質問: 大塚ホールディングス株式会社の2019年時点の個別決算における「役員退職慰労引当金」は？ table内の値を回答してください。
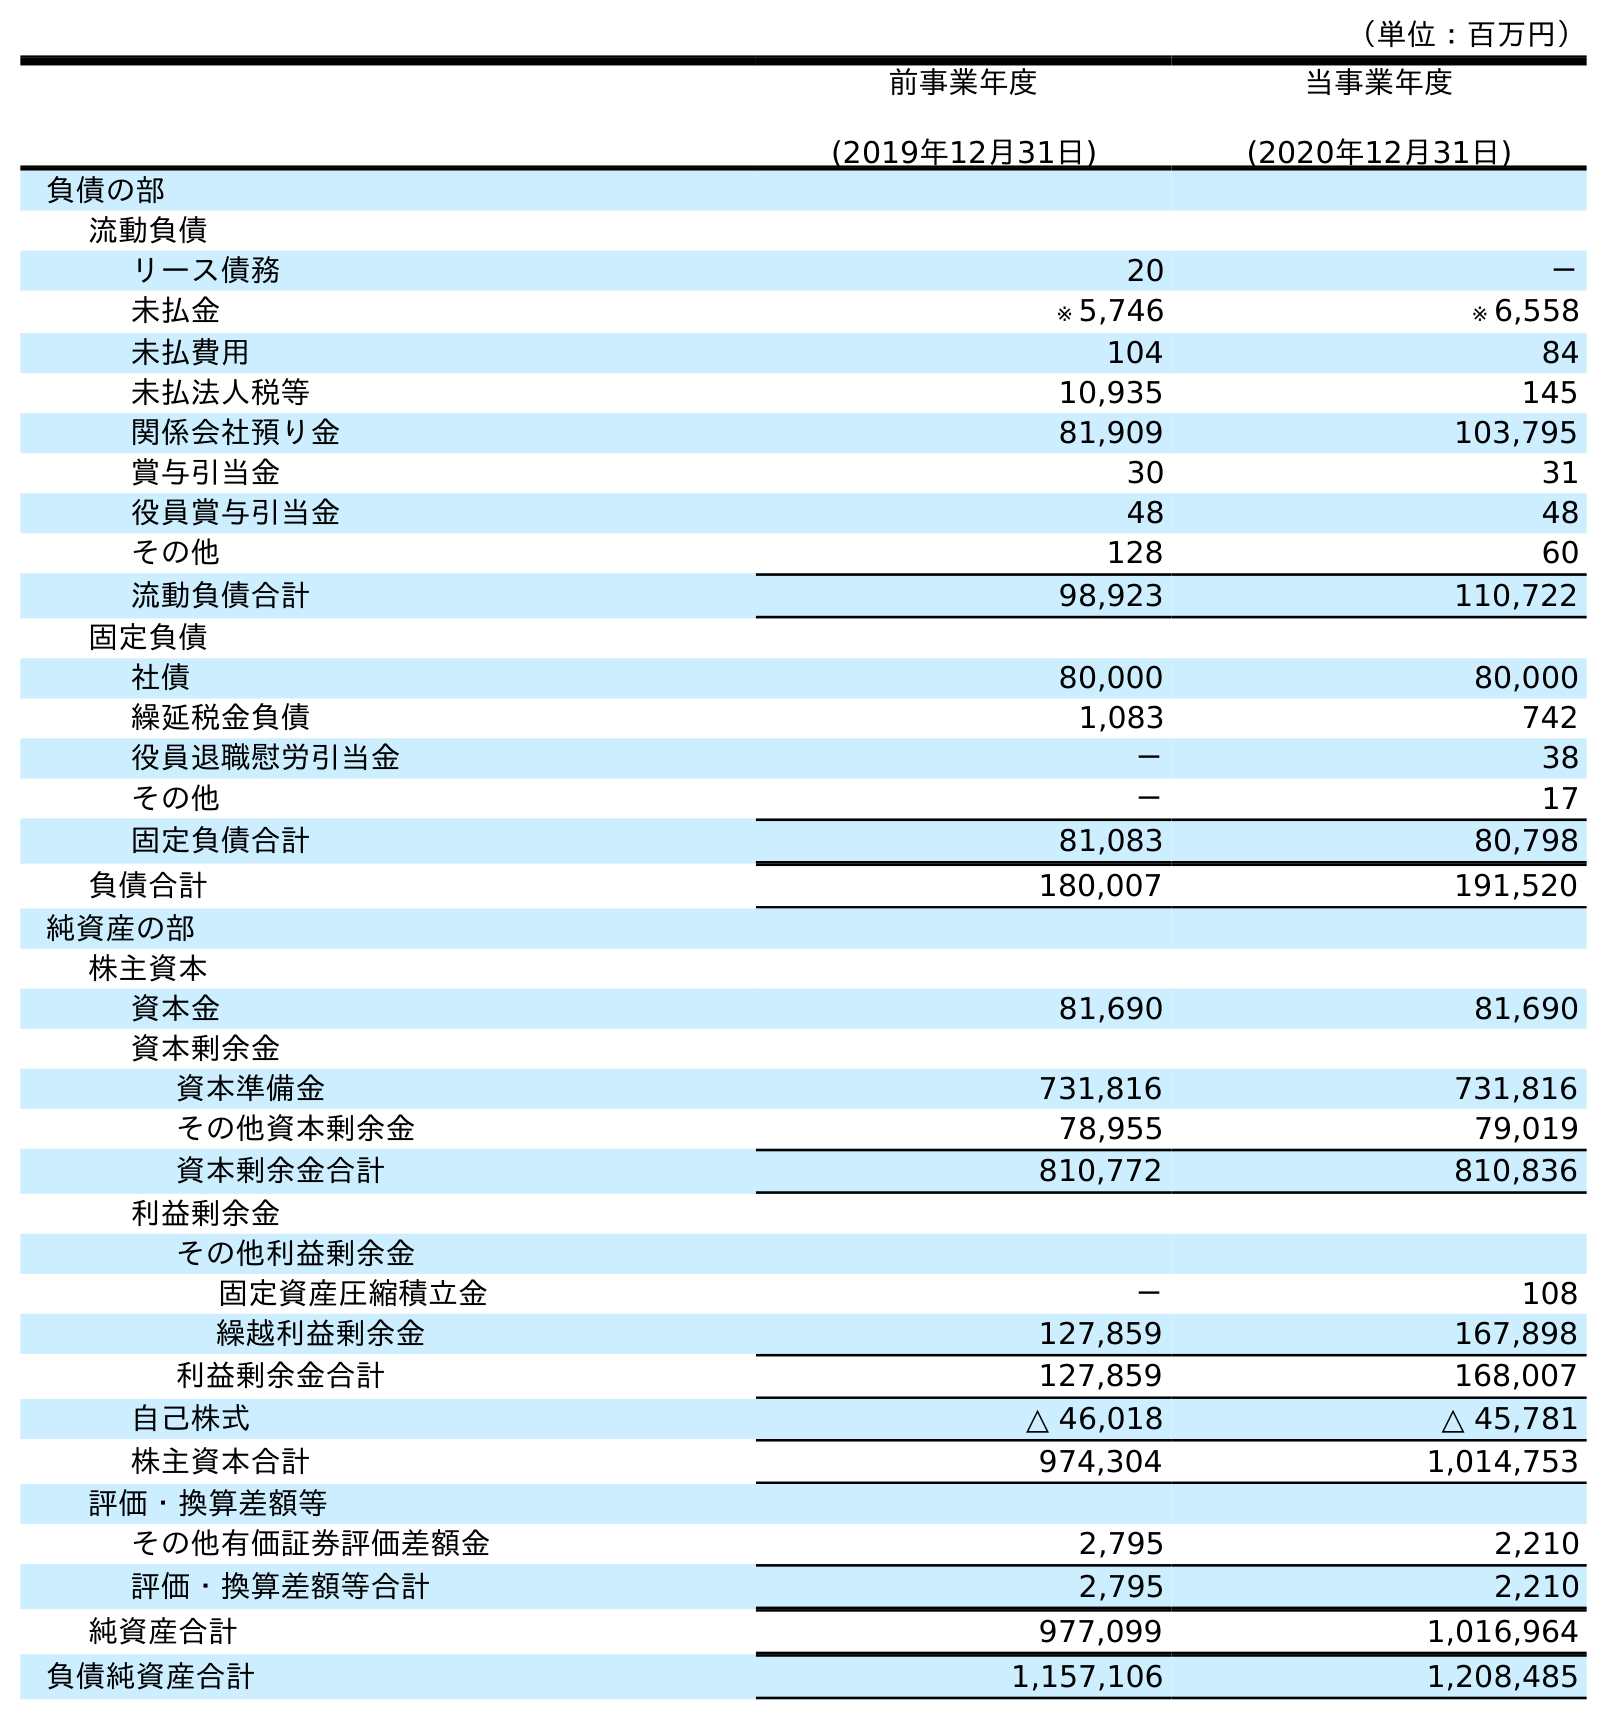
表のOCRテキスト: （単位：百万円） 前事業年度 (2019年12月31日) 当事業年度 (2020年12月31日) 負債の部 流動負債 リース債務 20 － 未払金 ※ 5,746 ※ 6,558 未払費用 104 84 未払法人税等 10,935 145 関係会社預り金 81,909 103,795 賞与引当金 30 31 役員賞与引当金 48 48 その他 128 60 流動負債合計 98,923 110,722 固定負債 社債 80,000 80,000 繰延税金負債 1,083 742 役員退職慰労引当金 － 38 その他 － 17 固定負債合計 81,083 80,798 負債合計 180,007 191,520 純資産の部 株主資本 資本金 81,690 81,690 資本剰余金 資本準備金 731,816 731,816 その他資本剰余金 78,955 79,019 資本剰余金合計 810,772 810,836 利益剰余金 その他利益剰余金 固定資産圧縮積立金 － 108 繰越利益剰余金 127,859 167,898 利益剰余金合計 127,859 168,007 自己株式 △ 46,018 △ 45,781 株主資本合計 974,304 1,014,753 評価・換算差額等 その他有価証券評価差額金 2,795 2,210 評価・換算差額等合計 2,795 2,210 純資産合計 977,099 1,016,964 負債純資産合計 1,157,106 1,208,485
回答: －